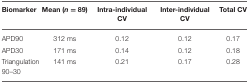
<table><thead><tr><td><b>Biomarker</b></td><td><b>Mean (<i>n</i> = 89)</b></td><td><b>Intra-individual CV</b></td><td><b>Inter-individual CV</b></td><td><b>Total CV</b></td></tr></thead><tbody><tr><td>APD90</td><td>312 ms</td><td>0.12</td><td>0.12</td><td>0.17</td></tr><tr><td>APD30</td><td>171 ms</td><td>0.14</td><td>0.12</td><td>0.18</td></tr><tr><td>Triangulation 90–30</td><td>141 ms</td><td>0.21</td><td>0.17</td><td>0.28</td></tr></tbody></table>